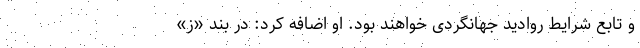
و تابع شرایط روادید جهانگردی خواهند بود. او اضافه کرد: در بند «ز»